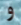
و